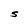
Character: S